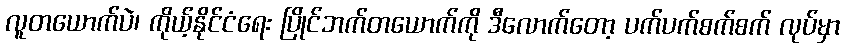
လူတယောက်ပဲ၊ ကိုယ့်နိုင်ငံရေး ပြိုင်ဘက်တယောက်ကို ဒီလောက်တော့ ပက်ပက်စက်စက် လုပ်မှာ